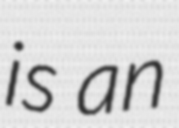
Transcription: is an